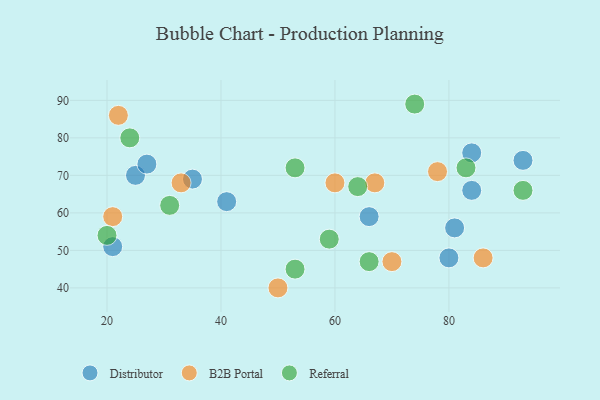
{"axis": {"x": "GDP", "y": "Life Expectancy"}, "legend": ["B2B Portal", "Distributor", "Referral"], "data": [{"x": "35", "y": 69, "type": "Distributor"}, {"x": "84", "y": 76, "type": "Distributor"}, {"x": "21", "y": 51, "type": "Distributor"}, {"x": "81", "y": 56, "type": "Distributor"}, {"x": "41", "y": 63, "type": "Distributor"}, {"x": "25", "y": 70, "type": "Distributor"}, {"x": "27", "y": 73, "type": "Distributor"}, {"x": "66", "y": 59, "type": "Distributor"}, {"x": "84", "y": 66, "type": "Distributor"}, {"x": "93", "y": 74, "type": "Distributor"}, {"x": "80", "y": 48, "type": "Distributor"}, {"x": "67", "y": 68, "type": "B2B Portal"}, {"x": "86", "y": 48, "type": "B2B Portal"}, {"x": "33", "y": 68, "type": "B2B Portal"}, {"x": "22", "y": 86, "type": "B2B Portal"}, {"x": "50", "y": 40, "type": "B2B Portal"}, {"x": "21", "y": 59, "type": "B2B Portal"}, {"x": "78", "y": 71, "type": "B2B Portal"}, {"x": "70", "y": 47, "type": "B2B Portal"}, {"x": "60", "y": 68, "type": "B2B Portal"}, {"x": "31", "y": 62, "type": "Referral"}, {"x": "66", "y": 47, "type": "Referral"}, {"x": "53", "y": 45, "type": "Referral"}, {"x": "64", "y": 67, "type": "Referral"}, {"x": "93", "y": 66, "type": "Referral"}, {"x": "24", "y": 80, "type": "Referral"}, {"x": "74", "y": 89, "type": "Referral"}, {"x": "83", "y": 72, "type": "Referral"}, {"x": "20", "y": 54, "type": "Referral"}, {"x": "53", "y": 72, "type": "Referral"}, {"x": "59", "y": 53, "type": "Referral"}]}